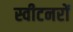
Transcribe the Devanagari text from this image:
स्वीटनरों